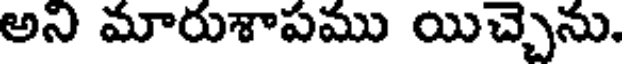
అని మారుశాపము యిచ్చెను.